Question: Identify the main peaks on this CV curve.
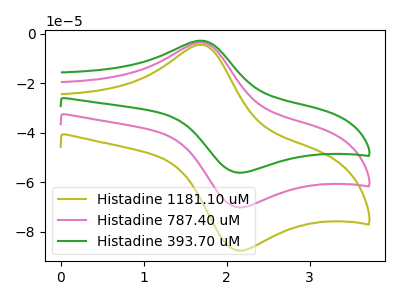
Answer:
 <answer>The olive curve "Histadine 1181.10 uM" has an anodic peak at (1.70V, -7.10uA) and a cathodic peak at (2.10V, -139.90uA). The pink curve "Histadine 787.40 uM" has an anodic peak at (1.70V, -3.55uA) and a cathodic peak at (2.10V, -69.95uA). The green curve "Histadine 393.70 uM" has an anodic peak at (1.70V, -2.85uA) and a cathodic peak at (2.10V, -56.00uA).</answer>
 <eval></eval>